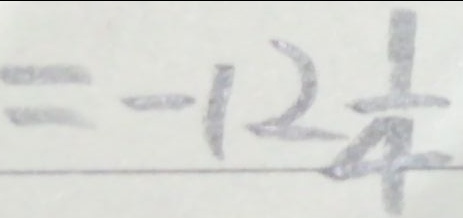
= - 1 2 \frac { 1 } { 4 }